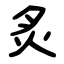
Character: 炙